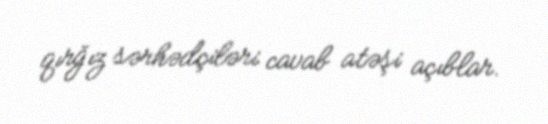
qırğız sərhədçiləri cavab atəşi açıblar.